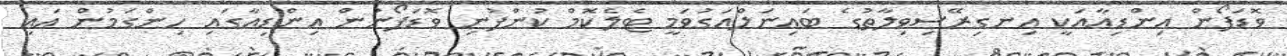
ވޮޑަފޯން އިންޑިއާއަކީ އިނގިރޭސިވިލާތުގެ ބައިނަލްއަގުވަމީ ޓެލެކޮމް ކުންފުނި ވޮޑަފޯނުން އިންޑިއާގައި ހިންގަމުން އައި